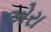
એરા